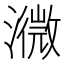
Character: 𤁚